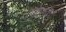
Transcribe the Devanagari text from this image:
एक्वेडक्ट